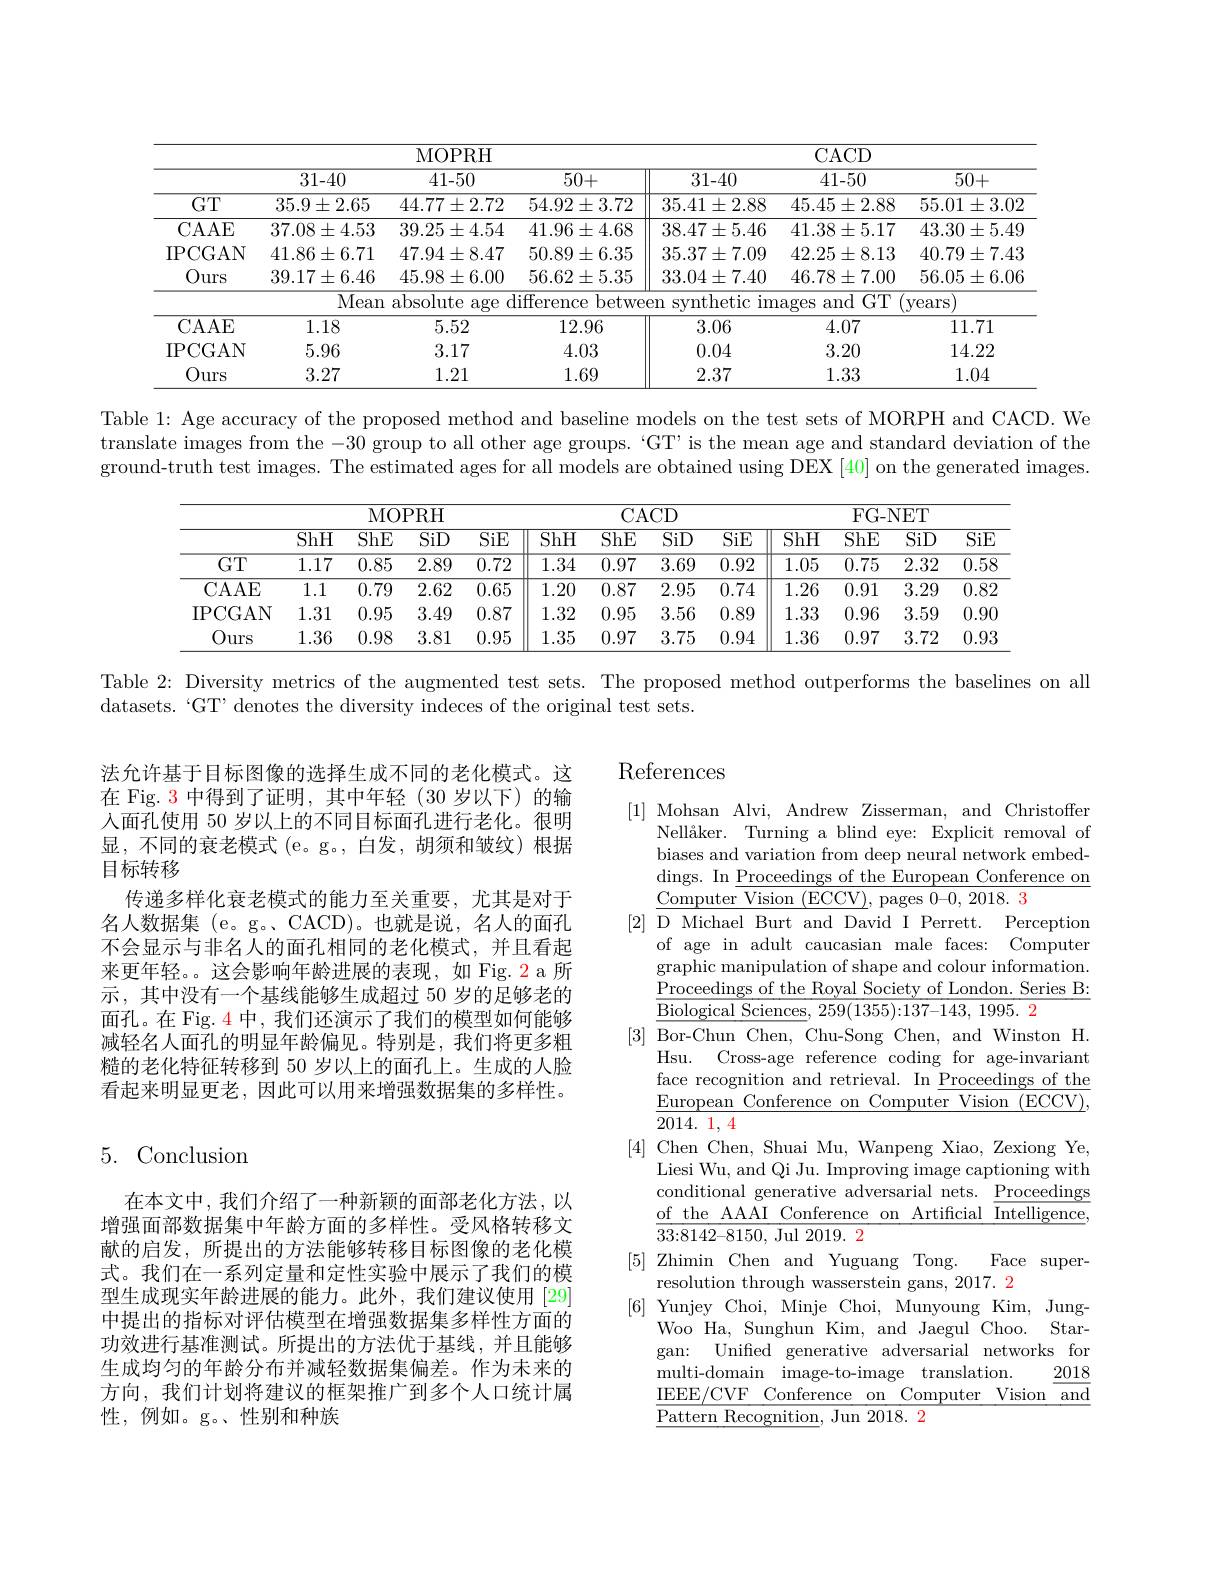
<table>
	<tbody>
		<tr>
			<th> </th>
			<th colspan="3">MOPRH</th>
			<th colspan="3">CACD</th>
		</tr>
		<tr>
			<th> </th>
			<th>31-40</th>
			<th>41-50</th>
			<th>50+</th>
			<th>31-40</th>
			<th>41-50</th>
			<th>50+</th>
		</tr>
		<tr>
			<td>$GT$</td>
			<td>$35.9\pm2.65$</td>
			<td>$44.77\pm2.72$</td>
			<td>$54.92\pm3.72$</td>
			<td>$35.41\pm2.88$</td>
			<td>$45.45\pm2.88$</td>
			<td>$55.01\pm3.02$</td>
		</tr>
		<tr>
			<td>CAAE</td>
			<td>$37.08\pm4.53$</td>
			<td>$39.25\pm4.54$</td>
			<td>$41.96\pm4.68$</td>
			<td>$38.47\pm5.46$</td>
			<td>$41.38\pm5.17$</td>
			<td>$43.30\pm5.49$</td>
		</tr>
		<tr>
			<td>IPCGAN</td>
			<td>$41.86\pm6.71$</td>
			<td>$47.94\pm8.47$</td>
			<td>$50.89\pm6.35$</td>
			<td>$35.37\pm7.09$</td>
			<td>$42.25\pm8.13$</td>
			<td>$40.79\pm7.43$</td>
		</tr>
		<tr>
			<td>Ours</td>
			<td>$39.17\pm6.46$</td>
			<td>$45.98\pm6.00$</td>
			<td>$56.62\pm5.35$</td>
			<td>$33.04\pm7.40$</td>
			<td>$46.78\pm7.00$</td>
			<td>$56.05\pm6.06$</td>
		</tr>
		<tr>
			<td> </td>
			<td>Mean</td>
			<td>absolute age T</td>
			<td>$\operatorname{lifference}$ betwe</td>
			<td>en svnthetic im</td>
			<td colspan="2">tic images and GT 110 (years</td>
		</tr>
		<tr>
			<td>CAAE</td>
			<td>1.18</td>
			<td>5.52</td>
			<td>12.96</td>
			<td>3.06</td>
			<td>4.07</td>
			<td>11.71</td>
		</tr>
		<tr>
			<td>IPCGAN</td>
			<td>5.96</td>
			<td>3.17</td>
			<td>4.03</td>
			<td>0.04</td>
			<td>3.20</td>
			<td>14.22</td>
		</tr>
		<tr>
			<td>Ours</td>
			<td>3.27</td>
			<td>1.21</td>
			<td>1.69</td>
			<td>2.37</td>
			<td>1.33</td>
			<td>1.04</td>
		</tr>
	</tbody>
</table>

Table 1: Age accuracy of the proposed method and baseline models on the test sets of MORPH and CACD. We translate images from the -30 group to all other age groups. 'GT' is the mean age and standard deviation of the ground-truth test images. The estimated ages for all models are obtained using DEX [40] on the generated images.

<table>
	<tbody>
		<tr>
			<th> </th>
			<th colspan="4">MOPRH</th>
			<th colspan="4">CACD</th>
			<th colspan="4">FG- NET</th>
		</tr>
		<tr>
			<th> </th>
			<th>$\overline{\mathrm{ShH}}$</th>
			<th>$\overline{\mathrm{ShE}}$</th>
			<th>$\overline{\mathrm{SiD}}$</th>
			<th>$\overline{\mathrm{SiE}}$</th>
			<th>$\overline{\mathrm{ShH}}$</th>
			<th>$\overline{\mathrm{ShE}}$</th>
			<th>$\overline{\mathrm{SiD}}$</th>
			<th>$\overline{\mathrm{SiE}}$</th>
			<th>$\overline{\mathrm{ShH}}$</th>
			<th>$\overline{\mathrm{ShE}}$</th>
			<th>$\overline{\mathrm{SiD}}$</th>
			<th>$\overline{\mathrm{SiE}}$</th>
		</tr>
		<tr>
			<td>$GT$</td>
			<td>1.17</td>
			<td>0.85</td>
			<td>2.89</td>
			<td>0.72</td>
			<td>1.34</td>
			<td>0.97</td>
			<td>3.69</td>
			<td>0.92</td>
			<td>1.05</td>
			<td>0.75</td>
			<td>2.32</td>
			<td>0.58</td>
		</tr>
		<tr>
			<td>CAAE</td>
			<td>$\overline{1.1}$</td>
			<td>0.79</td>
			<td>2.62</td>
			<td>0.65</td>
			<td>1.20</td>
			<td>0.87</td>
			<td>2.95</td>
			<td>0.74</td>
			<td>1.26</td>
			<td>0.91</td>
			<td>3.29</td>
			<td>0.82</td>
		</tr>
		<tr>
			<td>IPCGAN</td>
			<td>1.31</td>
			<td>0.95</td>
			<td>3.49</td>
			<td>0.87</td>
			<td>1.32</td>
			<td>0.95</td>
			<td>3.56</td>
			<td>0.89</td>
			<td>1.33</td>
			<td>0.96</td>
			<td>3.59</td>
			<td>0.90</td>
		</tr>
		<tr>
			<td>Ours</td>
			<td>1.36</td>
			<td>0.98</td>
			<td>3.81</td>
			<td>0.95</td>
			<td>1.35</td>
			<td>0.97</td>
			<td>3.75</td>
			<td>0.94</td>
			<td>1.36</td>
			<td>0.97</td>
			<td>3.72</td>
			<td>0.93</td>
		</tr>
	</tbody>
</table>

Table 2: Diversity metrics of the augmented test sets. The proposed method outperforms the baselines on all

datasets.“GT”denotes the diversity indeces of the original test sets.

法允许基于目标图像的选择生成不同的老化模式。这在 Fig. 3 中得到了证明，其中年轻(30 岁以下)的输入面孔使用 50 岁以上的不同目标面孔进行老化。很明显，不同的衰老模式 (e。g。,白发，胡须和皱纹)根据目标转移
传递多样化衰老模式的能力至关重要，尤其是对于名人数据集 (e。g。、CACD)。也就是说，名人的面孔不会显示与非名人的面孔相同的老化模式，并且看起来更年轻。。这会影响年龄进展的表现，如 Fig. 2 a 所示，其中没有一个基线能够生成超过 50 岁的足够老的面孔。在 Fig. 4 中，我们还演示了我们的模型如何能够减轻名人面孔的明显年龄偏见。特别是，我们将更多粗糙的老化特征转移到 50 岁以上的面孔上。生成的人脸看起来明显更老，因此可以用来增强数据集的多样性。

## 5.Conclusion

在本文中，我们介绍了一种新颖的面部老化方法，以增强面部数据集中年龄方面的多样性。受风格转移文献的启发，所提出的方法能够转移目标图像的老化模式。我们在一系列定量和定性实验中展示了我们的模型生成现实年龄进展的能力。此外，我们建议使用[29] 中提出的指标对评估模型在增强数据集多样性方面的功效进行基准测试。所提出的方法优于基线，并且能够生成均匀的年龄分布并减轻数据集偏差。作为未来的方向，我们计划将建议的框架推广到多个人口统计属性，例如。g。、性别和种族

# References

[1] Mohsan Alvi, Andrew Zisserman, and Christoffer
Nellåker. Turning a blind eye: Explicit removal of biases and variation from deep neural network embeddings. In $\underline\text{Proceedings of the European Conference on}$ $\underline{\text{Computer Vision }(\mathrm{ECCV}),\mathrm{~pages~}0-0,2018.3}$
[2] D Michael Burt and David I Perrett. Perception
of age in adult caucasian male faces: Computer graphic manipulation of shape and colour information. Proceedings of the Royal Society of London. Series B: $\overline{{\overline{\text{Biological Sciences}},259(1355):137-143,1995.2}}$
[3] Bor-Chun Chen, Chu-Song Chen, and Winston H.
Hsu. Cross-age reference coding for age-invariant face recognition and retrieval. In $\underline\text{Proceedings of the}$ $\underline{\text{European Conference on Comput}\overline{\text{er Vision (ECCV)}},}$ $\overrightarrow{2014.\:1,\:4}$
[4] Chen Chen, Shuai Mu, Wanpeng Xiao, Zexiong Ye,
Liesi Wu, and Qi Ju. Improving image captioning with conditional generative adversarial nets. $\underline{\text{Proceedings}}$ of the AAAI Conference on Artificial $\overline{\text{Intelligence}}$, $\overline{33{:}8142{-}8150{,}}$ Jul 2019. 2
[5]Zhimin Chen and Yuguang Tong.
Face super-
resolution through wasserstein gans, 2017. 2
[6] Yunjey Choi, Minje Choi, Munyoung Kim, Jung-
Woo Ha, Sunghun Kim, and Jaegul Choo. Stargan: Unified generative adversarial networks for
2018
multi-domain image-to-image translation.
$\underline{\mathrm{IEEE/CVF}\:\mathrm{Conference}\:\mathrm{on}\:\mathrm{Computer}\:\mathrm{Vision}\:\mathrm{and}}$
$\overline{\text{Pattern Recognition, Jun 2018. 2}}$